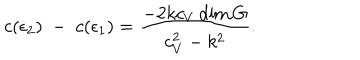
LaTeX: c ( \epsilon _ { 2 } ) \; - \; c ( \epsilon _ { 1 } ) = { \frac { - 2 k c _ { V } \dim G } { c _ { V } ^ { 2 } - k ^ { 2 } } } .